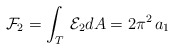
\begin{align*}{\cal F}_{2}=\int_{T}\, {\cal E}_{2} dA=2 \pi^2\, a_{1}\end{align*}